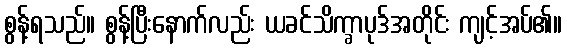
စွန့်ရသည်။ စွန့်ပြီးနောက်လည်း ယခင်သိက္ခာပုဒ်အတိုင်း ကျင့်အပ်၏။